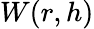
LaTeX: W(r,h)